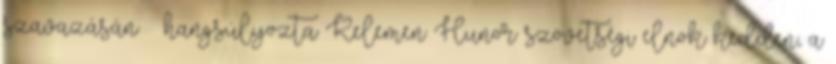
szavazásán – hangsúlyozta Kelemen Hunor szövetségi elnök kedden, a